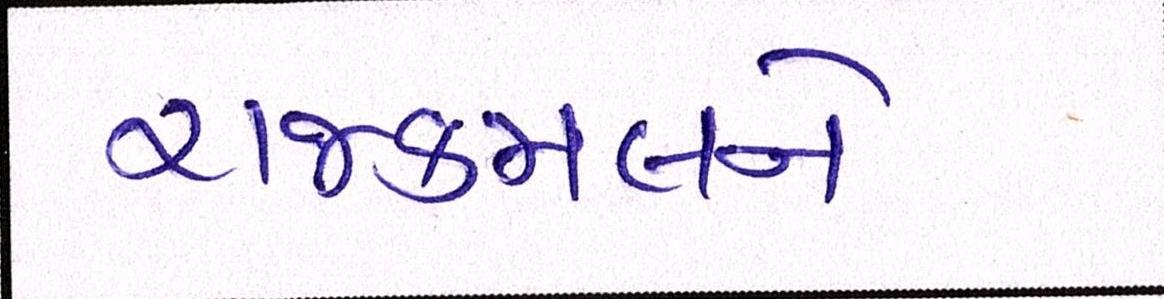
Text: રાજકમલને